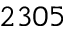
2 3 0 5